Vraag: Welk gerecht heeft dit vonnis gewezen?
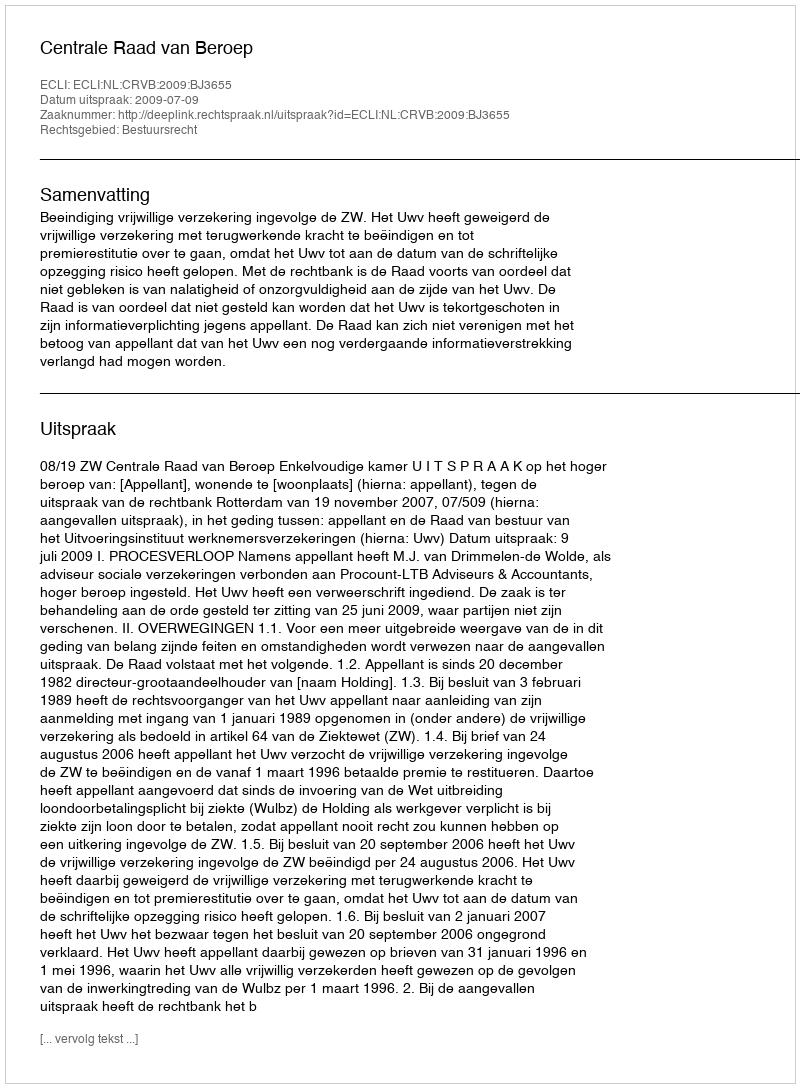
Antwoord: Centrale Raad van Beroep